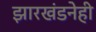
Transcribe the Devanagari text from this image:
झारखंडनेही